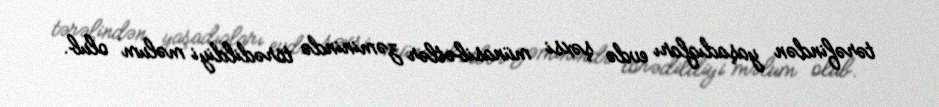
tərəfindən yaşadıqları evdə şəxsi münasibətlər zəminində törədildiyi məlum olub.